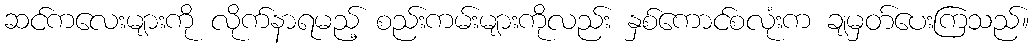
ဆင်ကလေးများကို လိုက်နာရမည့် စည်းကမ်းများကိုလည်း နှစ်ကောင်စလုံးက ချမှတ်ပေးကြသည်။